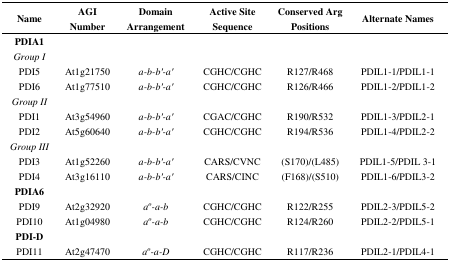
| Name | AGI Number | Domain Arrangement | Active Site Sequence | Conserved Arg Positions | Alternate Names |
 | --- | --- | --- | --- | --- | --- |
 | PDIA1 |  |  |  |  |  |
 | Group I |  |  |  |  |  |
 | PDI5 | At1g21750 | a-b-b′-a′ | CGHC/CGHC | R127/R468 | PDIL1-1/PDIL1-1 |
 | PDI6 | At1g77510 | a-b-b′-a′ | CGHC/CGHC | R126/R466 | PDIL1-2/PDIL1-2 |
 | Group II |  |  |  |  |  |
 | PDI1 | At3g54960 | a-b-b′-a′ | CGAC/CGHC | R190/R532 | PDIL1-3/PDIL2-1 |
 | PDI2 | At5g60640 | a-b-b′-a′ | CGHC/CGHC | R194/R536 | PDIL1-4/PDIL2-2 |
 | Group III |  |  |  |  |  |
 | PDI3 | At1g52260 | a-b-b′-a′ | CARS/CVNC | (S170)/(L485) | PDIL1-5/PDIL 3-1 |
 | PDI4 | At3g16110 | a-b-b′-a′ | CARS/CINC | (F168)/(S510) | PDIL1-6/PDIL3-2 |
 | PDIA6 |  |  |  |  |  |
 | PDI9 | At2g32920 | ao-a-b | CGHC/CGHC | R122/R255 | PDIL2-3/PDIL5-2 |
 | PDI10 | At1g04980 | ao-a-b | CGHC/CGHC | R124/R260 | PDIL2-2/PDIL5-1 |
 | PDI-D |  |  |  |  |  |
 | PDI11 | At2g47470 | ao-a-D | CGHC/CGHC | R117/R236 | PDIL2-1/PDIL4-1 |